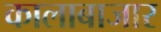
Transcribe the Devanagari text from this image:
कालाबाजार